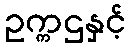
ဥက္ကဌနှင့်